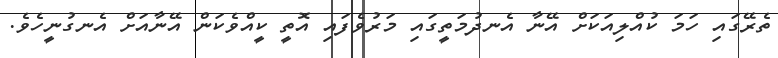
ތެރޭގައި ހަމަ ކުއްލިއަކަށް އޭނާ އެނދުމަތީގައި މަރުވެފައި އޮތީ ކީއްވެކަން އޭނާއަށް އެނގުނީހެވެ.